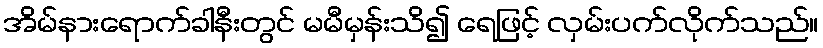
အိမ်နားရောက်ခါနီးတွင် မမီမှန်းသိ၍ ရေဖြင့် လှမ်းပက်လိုက်သည်။